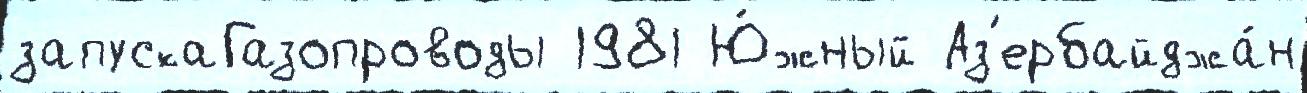
запускаГазопроводы 1981 Ю́жный Аз'ербайджа́н